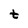
Character: t